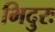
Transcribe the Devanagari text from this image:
भिदुरः